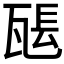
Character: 𤭖